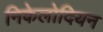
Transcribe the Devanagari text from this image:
निकेलोदियन